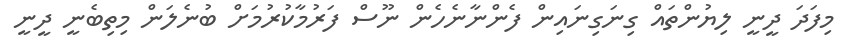
މިފަދަ ދީނީ ލިޔުންތައް ގިނަގިނައިން ފެންނާނެހެން ނޫސް ފަރުމާކުރުމަށް ބުނެލަން މިތިބެނީ ދީނީ